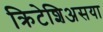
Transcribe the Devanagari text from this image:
क्रिटेशिअसया